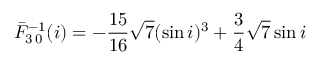
\bar { F } _ { 3 \, 0 } ^ { - 1 } ( i ) = - \frac { 1 5 } { 1 6 } \sqrt { 7 } ( \sin i ) ^ { 3 } + \frac { 3 } { 4 } \sqrt { 7 } \sin i